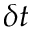
\delta t